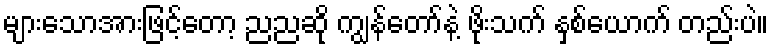
များသောအားဖြင့်တော့ ညညဆို ကျွန်တော်နဲ့ ဖိုးသက် နှစ်ယောက် တည်းပဲ။